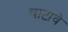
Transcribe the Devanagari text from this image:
चाटावे